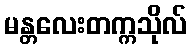
မန္တလေးတက္ကသိုလ်